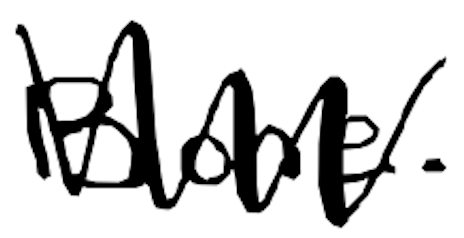
Text: Bone.
Cross-out: zig-zag
Writing tool: digital_black